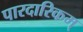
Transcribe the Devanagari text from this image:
पारदारिकम्